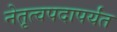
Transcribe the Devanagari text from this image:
नेतृत्वपदापर्यंत